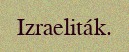
Izraeliták.